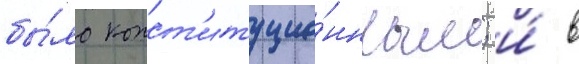
бы́ло конст'итуцио́нным; и́ в